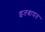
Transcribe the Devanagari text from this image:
इतबायत